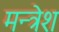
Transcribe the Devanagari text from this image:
मन्त्रेश